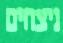
ניצחים